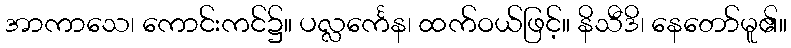
အာကာသေ၊ ကောင်းကင်၌။ ပလ္လင်္ကေန၊ ထက်ဝယ်ဖြင့်။ နိသီဒိ၊ နေတော်မူ၏။